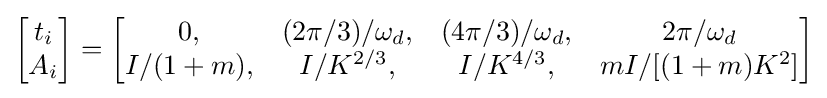
{\begin{bmatrix}t_{i}\\A_{i}\end{bmatrix}}={\begin{bmatrix}0,&(2\pi /3)/\omega _{d},&(4\pi /3)/\omega _{d},&2\pi /\omega _{d}\\I/(1+m),&I/K^{2/3},&I/K^{4/3},&mI/[(1+m)K^{2}]\end{bmatrix}}